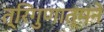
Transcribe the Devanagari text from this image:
त्रिगुणात्मने